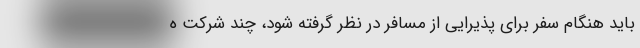
باید هنگام سفر برای پذیرایی از مسافر در نظر گرفته شود، چند شرکت ه